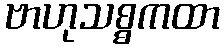
ဗာဟုသစ္စကထာ